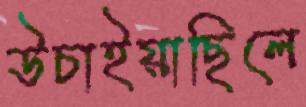
উচাইয়াছিলে